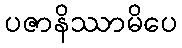
ပဇာနိဿာမိပေ